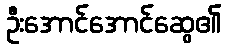
ဦးအောင်အောင်ဆွေ၏